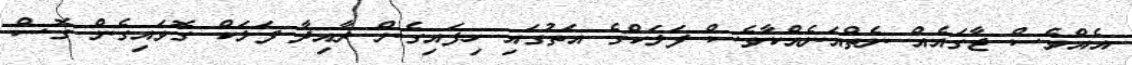
އެއްވެސް ޖާގައެއް ނެތްއަނެއްކާވެސް ފަލަކްގެ އަތުގައި ހިފައިގެން ރާއިދާ ފަލަކް ގޮވައިގެން ގޮސް